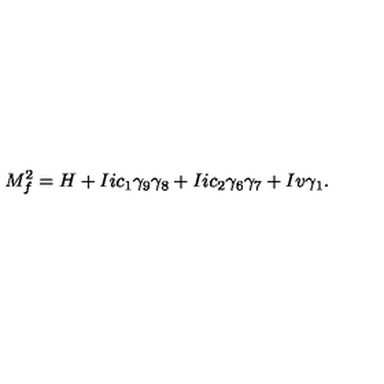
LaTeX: M _ { f } ^ { 2 } = H + I i c _ { 1 } \gamma _ { 9 } \gamma _ { 8 } + I i c _ { 2 } \gamma _ { 6 } \gamma _ { 7 } + I v \gamma _ { 1 } .